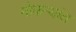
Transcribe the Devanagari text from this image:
नोकऱ्यांत